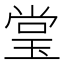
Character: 𰢃